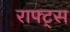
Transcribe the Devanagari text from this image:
राफ्ट्स